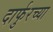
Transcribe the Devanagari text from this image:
दार्फुरच्या